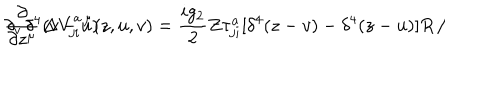
\frac { \partial } { \partial z ^ { \mu } } \, \Delta V _ { j i } ^ { a \, \mu } ( z , u , v ) = \frac { i g _ { 2 } } { 2 } Z \tau _ { j i } ^ { a } [ \delta ^ { 4 } ( z - v ) - \delta ^ { 4 } ( z - u ) ] R \, / \hspace { - 2 m m } \partial _ { v } \, \delta ^ { 4 } ( v - u ) \, .